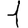
Digit: 1